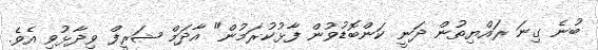
ބުނެ ގިނަ ރައްޔިތުން ދަނީ ކަންބޮޑުވުން ފާޅުކުރަމުން" އާދަމް ޝަރީފް ވިދާޅުވި އެވެ.